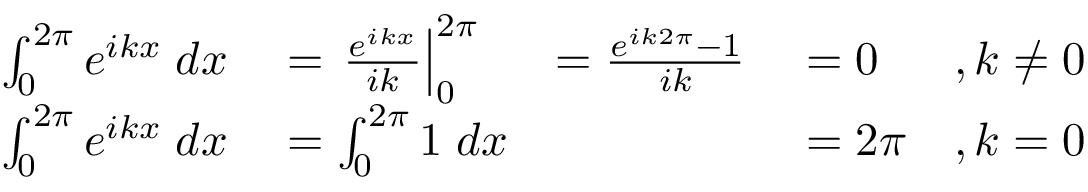
\begin{array} { r l r l r } { \int _ { 0 } ^ { 2 \pi } e ^ { i k x } \; d x } & { { } = \left. \frac { e ^ { i k x } } { i k } \right| _ { 0 } ^ { 2 \pi } } & { = \frac { e ^ { i k 2 \pi } - 1 } { i k } } & { { } = 0 } & { , k \neq 0 } \\ { \int _ { 0 } ^ { 2 \pi } e ^ { i k x } \; d x } & { { } = \int _ { 0 } ^ { 2 \pi } 1 \; d x } & { } & { { } = 2 \pi } & { , k = 0 } \end{array}